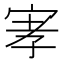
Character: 宯